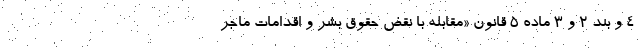
۴ و بند ۲ و ۳ ماده ۵ قانون «مقابله با نقض حقوق بشر و اقدامات ماجر